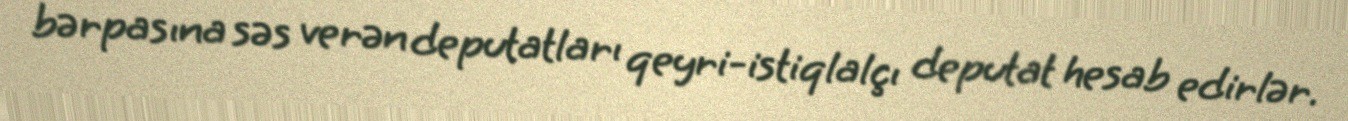
bərpasına səs verən deputatları qeyri-istiqlalçı deputat hesab edirlər.